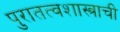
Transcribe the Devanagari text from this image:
पुरातत्वशास्त्राची